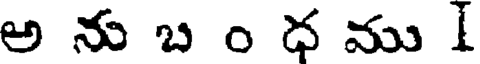
అ ను బ ం ధ ము I